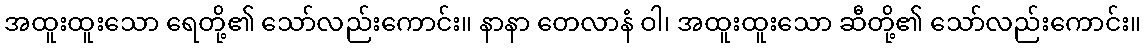
အထူးထူးသော ရေတို့၏ သော်လည်းကောင်း။ နာနာ တေလာနံ ဝါ၊ အထူးထူးသော ဆီတို့၏ သော်လည်းကောင်း။